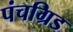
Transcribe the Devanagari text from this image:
पंचग्रिड